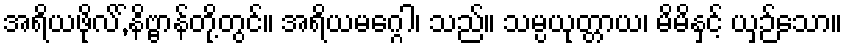
အရိယဖိုလ်,်နိဗ္ဗာန်တို့တွင်။ အရိယမဂ္ဂေါ၊ သည်။ သမ္ပယုတ္တာယ၊ မိမိနှင့် ယှဉ်သော။